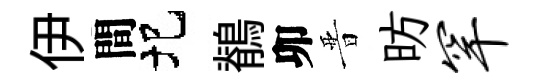
伊間圯鶺卯晋昉罕